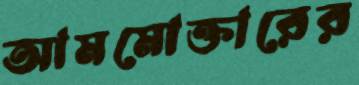
আমমোক্তারের